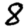
Digit: 8